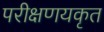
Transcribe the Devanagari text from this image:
परीक्षणयकृत